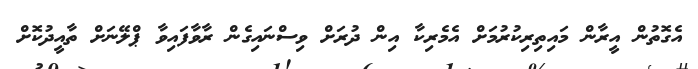
އެގޮތުން އީރާން މައިތިރިކުރުމަށް އެމެރިކާ އިން ދުރަށް ވިސްނައިގެން ރާވާފައިވާ ޕްލޭނަށް ތާއީދުކޮށް